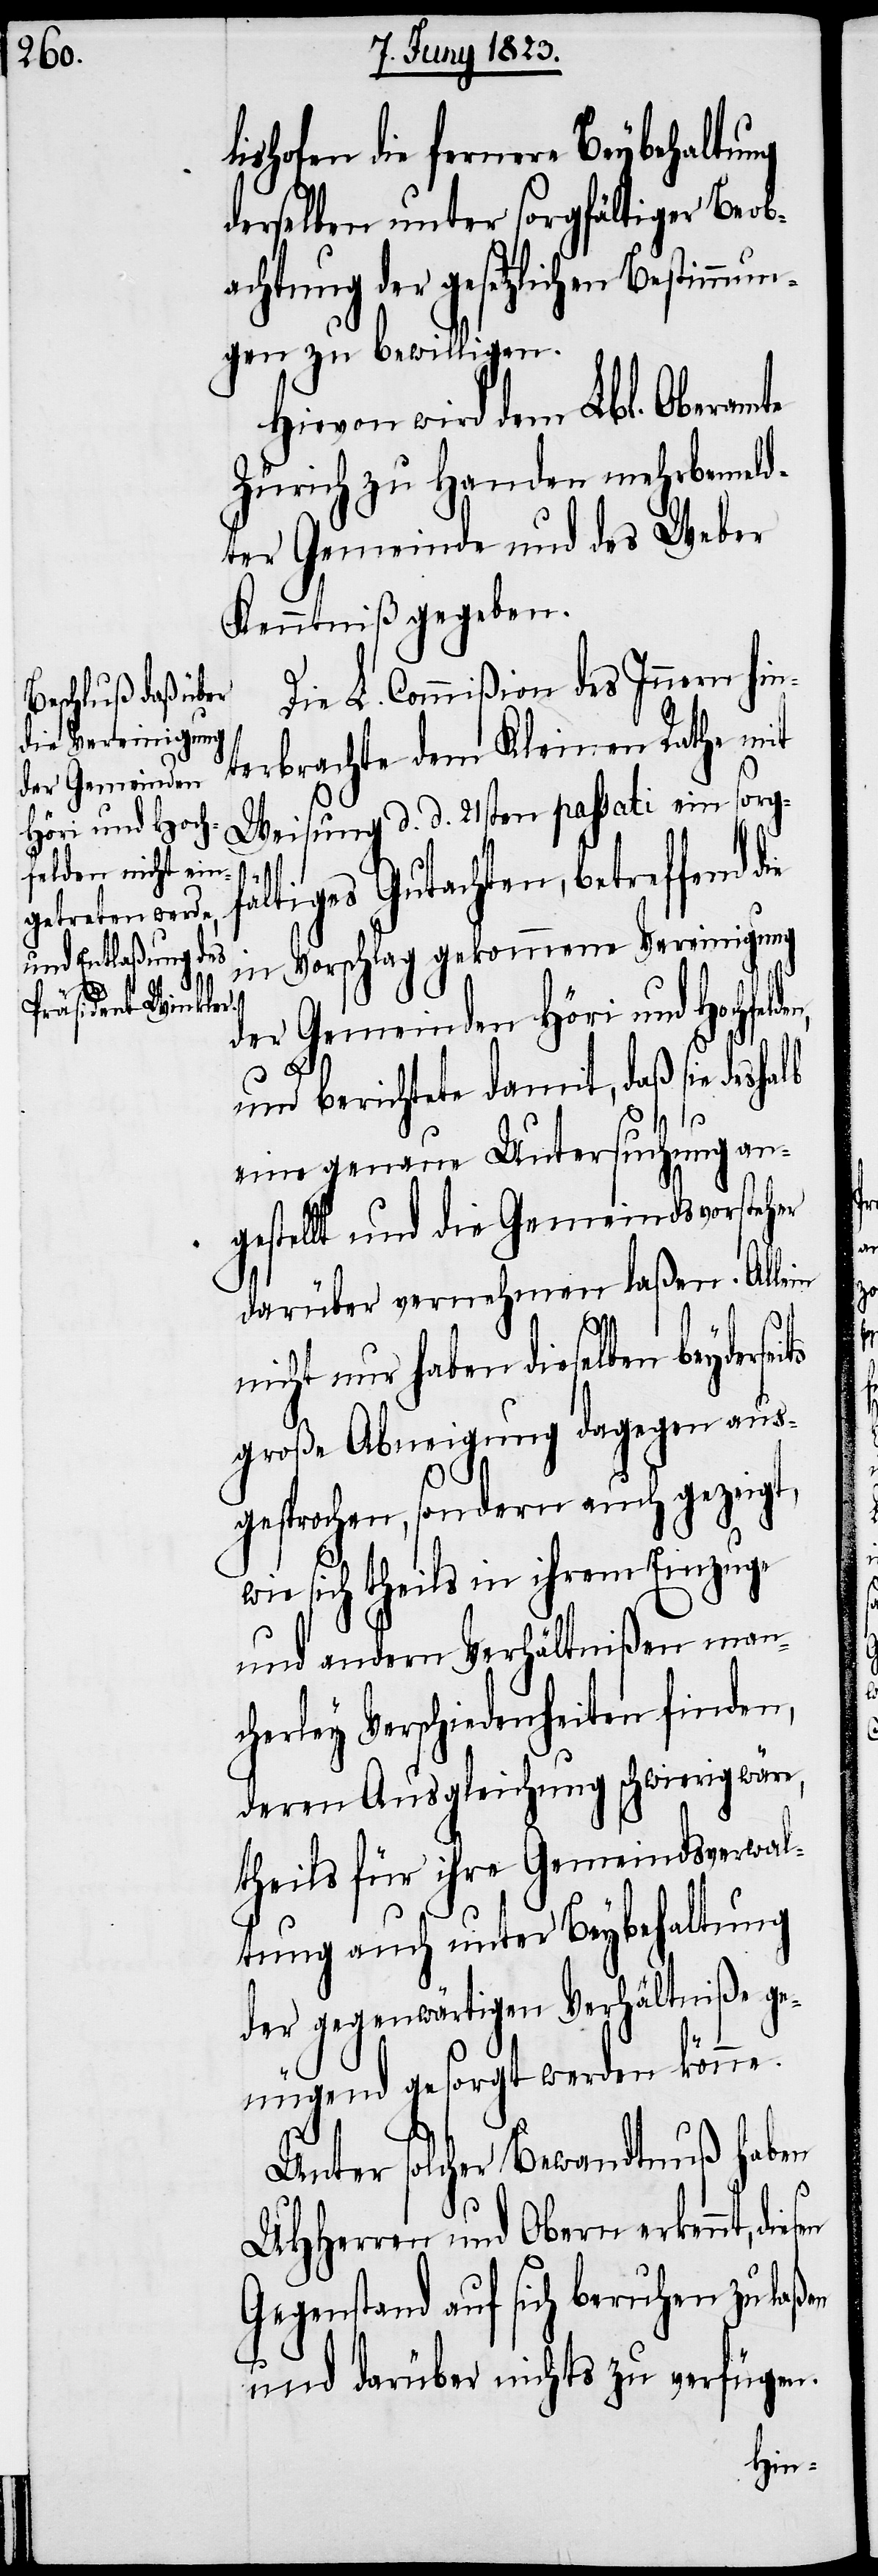
der Gemeinden
Höri und Hoc¬

lishofen die fernere Beybehaltung
derselben unter sorgfältiger Beob¬
achtung der gesetzlichen Bestim¬
gen zu bewilligen.
Hievon wird dem Lbl. Oberamte
Zürich zu Handen mehrbemeld¬
ter Gemeinde und des Weber
Kenntniß gegeben.
Die L. Commißion des Innern hin¬
terbrachte dem Kleinen Rathe mit
Weisung d. d. 21sten passati ein sorgf¬
ältiges Gutachten, betreffend
in Vorschlag gekommene Vereinigung
und berichtete damit, daß sie deshalb
hfelden,
eine genaue Untersuchung an¬
gestellt und die Gemeindsvorsteher
darüber vernehmen laßen. Allein
ts
nicht nur haben dieselben beydersei¬
große Abneigung dagegen aus¬
gesprochen, sondern auch gezeigt,
wie sich theils in ihrem Einzuge
und andern Verhältnißen manc¬
herley Verschiedenheiten finden,
deren Ausgleichung schwierig wäre,
theils für ihre Gemeindsverwal¬
tung auch unter Beybehaltung
der gegenwärtigen Verhältniße ge¬
nügend gesorgt werden könne.
Unter solcher Bewandtnuß haben
UHHerren und Obern erkennt,
Gegenstand auf sich beruhen zu laßen
und darüber nichts zu verfügen.
mun¬